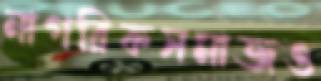
নাগরিকসমাজও